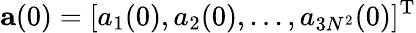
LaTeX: \textbf{a}(0)=[a_{1}(0),a_{2}(0),...,a_{3N^{2}}(0)]^{\mathrm{T}}